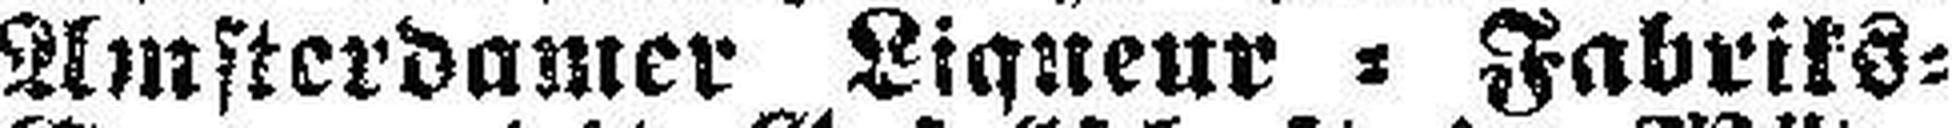
Amsterdamer Liqneur = Fabriks=